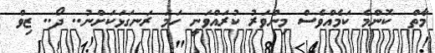
މާތް  ކޮންމެ ކަމެއްވެސް މިންވަރު ކުރައްވަނީ ހަމަ ރަނގަޅަކަށްނު.. ދޯ.. ޒިވް